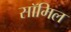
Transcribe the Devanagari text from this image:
सॉमिल